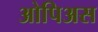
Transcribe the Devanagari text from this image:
ओपिअस